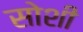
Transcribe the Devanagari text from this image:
सोशी